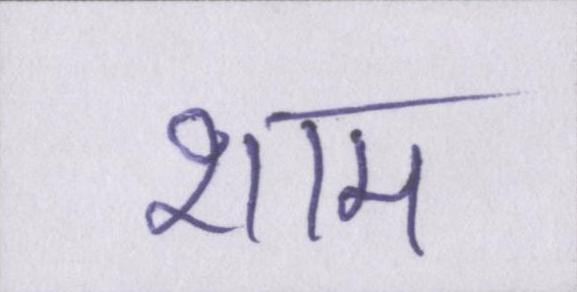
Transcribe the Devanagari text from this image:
शाम